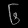
Digit: ၆